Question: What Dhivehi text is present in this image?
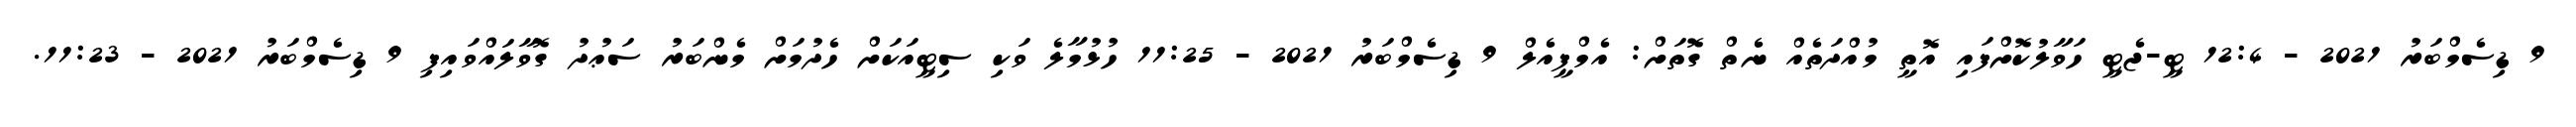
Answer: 9 ޑިސެމްބަރު 2021 - 12:4 ޓީ-ޖެޓީ ހަވާލުކޮށްފައި އޮތީ މުއްދަތެއް ނެތް ގޮތަށް: އެމްޕީއެލް 9 ޑިސެމްބަރު 2021 - 11:25 ހުޅުމާލެ ވަކި ސިޓީއަކަށް ހެދުމަށް މެންބަރު ސަޢުދު ގޮވާލައްވައިފި 9 ޑިސެމްބަރު 2021 - 11:23.